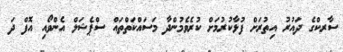
ސާރކްގެ ދައުރު އިތުރަށް ފުޅާކުރުމަށް ކުރެވެމުންދާ މަސައްކަތްތައް ސްޕެޝަލް އެންވޯއި އޮފް ދަ